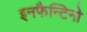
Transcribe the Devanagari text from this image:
इनफैन्टिनो